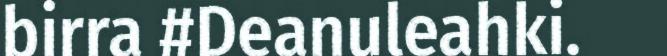
birra #Deanuleahki.